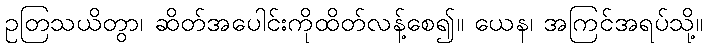
ဥတြသယိတွာ၊ ဆိတ်အပေါင်းကိုထိတ်လန့်စေ၍။ ယေန၊ အကြင်အရပ်သို့။